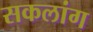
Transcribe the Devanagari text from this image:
सकलांग